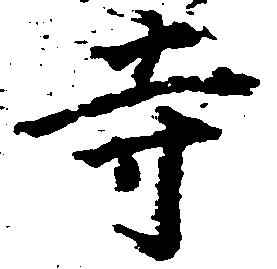
寺